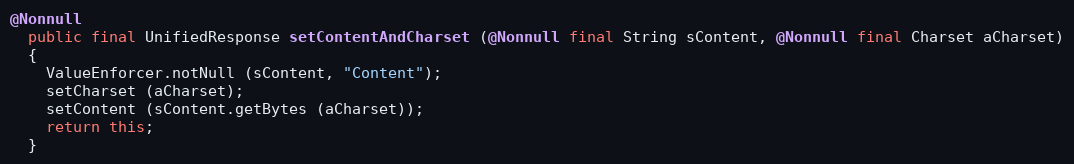
Language: Java
@Nonnull
  public final UnifiedResponse setContentAndCharset (@Nonnull final String sContent, @Nonnull final Charset aCharset)
  {
    ValueEnforcer.notNull (sContent, "Content");
    setCharset (aCharset);
    setContent (sContent.getBytes (aCharset));
    return this;
  }